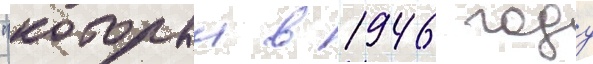
"которыи в 1946 году